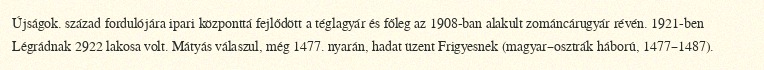
Újságok. század fordulójára ipari központtá fejlődött a téglagyár és főleg az 1908-ban alakult zománcárugyár révén. 1921-ben Légrádnak 2922 lakosa volt. Mátyás válaszul, még 1477. nyarán, hadat üzent Frigyesnek (magyar–osztrák háború, 1477–1487).